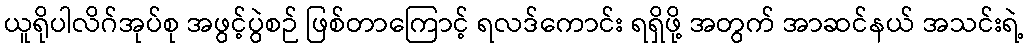
ယူရိုပါလိဂ်အုပ်စု အဖွင့်ပွဲစဉ် ဖြစ်တာကြောင့် ရလဒ်ကောင်း ရရှိဖို့ အတွက် အာဆင်နယ် အသင်းရဲ့